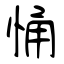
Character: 悀